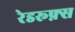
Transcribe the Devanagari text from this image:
रेडरूफ़्स